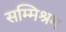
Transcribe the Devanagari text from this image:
सम्मिश्रम